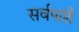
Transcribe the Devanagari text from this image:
सर्वपाशै